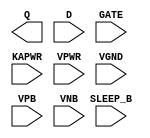
module sky130_fd_sc_lp__srdlxtp (
    Q      ,
    D      ,
    GATE   ,
    SLEEP_B,
    KAPWR  ,
    VPWR   ,
    VGND   ,
    VPB    ,
    VNB
);

    output Q      ;
    input  D      ;
    input  GATE   ;
    input  SLEEP_B;
    input  KAPWR  ;
    input  VPWR   ;
    input  VGND   ;
    input  VPB    ;
    input  VNB    ;
endmodule